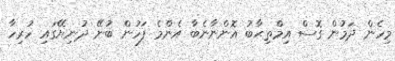
މިހެން ދަމުން ގޮސް އިމްތިޙާބު އޮންނާނެބާ އެންމެ ފަހުން ބުނޭ ދުނިޔޭގައި ހުރިހާ